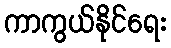
ကာကွယ်နိုင်ရေး